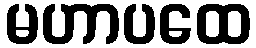
မဟာပထေ